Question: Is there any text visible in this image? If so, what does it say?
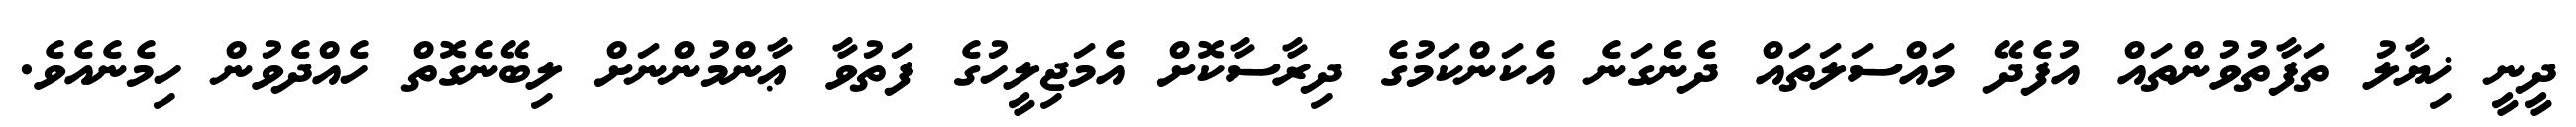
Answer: ދީނީ ޚިޔާލު ތަފާތުވުންތައް އުފެދޭ މައްސަލަތައް ދެނެގަނެ އެކަންކަމުގެ ދިރާސާކޮށް އެމަޖިލީހުގެ ފަތުވާ ޢާންމުންނަށް ލިބޭނެގޮތް ހެއްދެވުން ހިމެނެއެވެ.